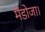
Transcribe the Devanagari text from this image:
मैंडोजा।